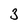
Character: 3